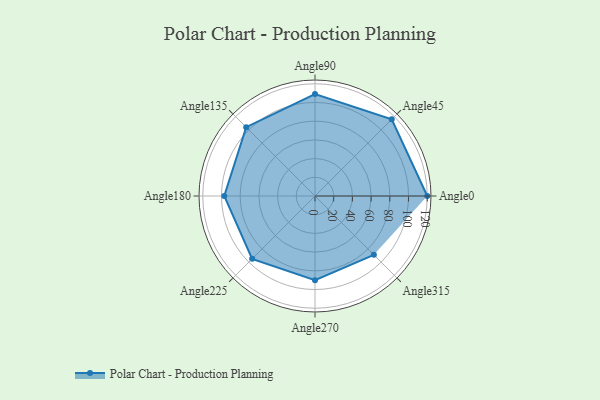
{"axis": {"x": "Angle", "y": "Radius"}, "legend": [""], "data": [{"x": "Angle0", "y": 120.0, "type": ""}, {"x": "Angle45", "y": 116.0, "type": ""}, {"x": "Angle90", "y": 109.0, "type": ""}, {"x": "Angle135", "y": 104.0, "type": ""}, {"x": "Angle180", "y": 97.0, "type": ""}, {"x": "Angle225", "y": 95.0, "type": ""}, {"x": "Angle270", "y": 90.0, "type": ""}, {"x": "Angle315", "y": 89.0, "type": ""}]}